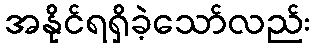
အနိုင်ရရှိခဲ့သော်လည်း